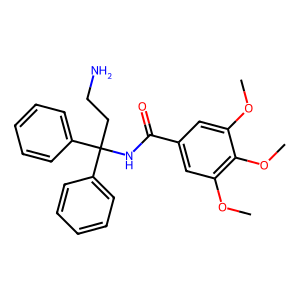
SMILES: COc1cc(C(=O)NC(CCN)(c2ccccc2)c2ccccc2)cc(OC)c1OC
Inhibits HIV replication: No